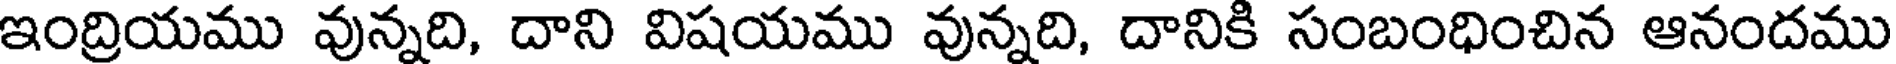
ఇంద్రియము వున్నది, దాని విషయము వున్నది, దానికి సంబంధించిన ఆనందము